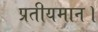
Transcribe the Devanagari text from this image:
प्रतीयमान।